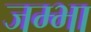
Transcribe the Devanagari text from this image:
जम्भा